Annual report of the Punjab Veterinary College and of the Civil Veterinary Department, Punjab - 1894-1908
Year: 1894
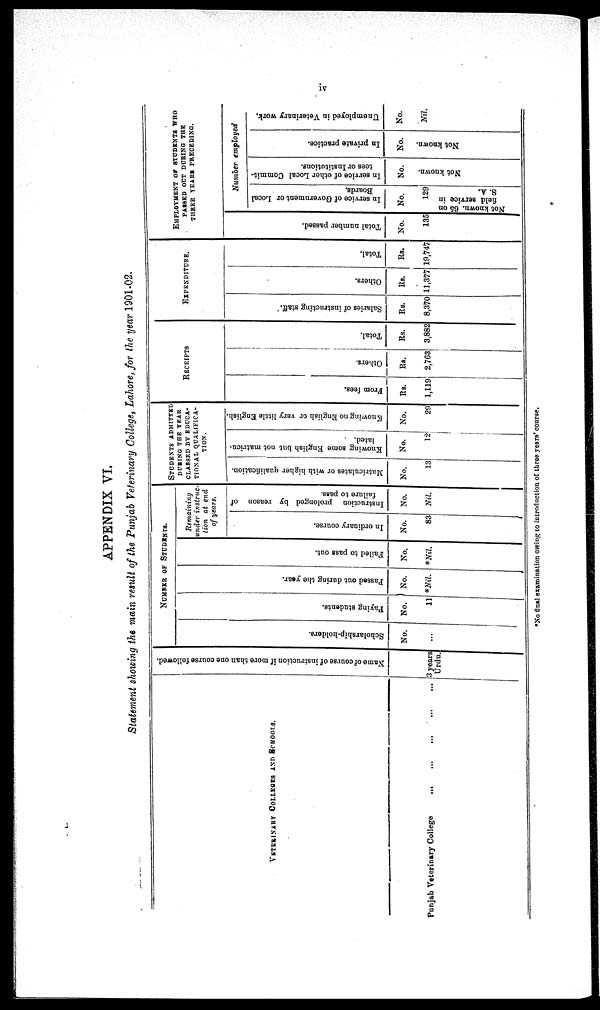
iv
APPENDIX VI.
Statement showing the main result of the Punjab Veterinary College, Lahore, for the year 1901-02.
VETERINARY COLLEGES
AND SCHOOLS.
Punjab Veterinary College ... ... ... ... ... ... ...
Name
of
course
of
instruction
if
more
than
one
course
followed.
3 years
Urdu.
NUMBER OF STUDENTS.
Sc hol a r
s hi p- hol de r
s .
No.
...
Payi ng students.
No.
11
Pas s ed out dur i ng the year.
No.
*Nil.
Fai l
ed to pass out.
No.
*Nil.
Remaining
wider instruc-
tion at end
of years.
In ordinary course.
No.
83
Instruction prolonged by reason of
failure to pass.
No.
Nil.
STUDENTS ADMITTED
DURING THE YEAR
CLASSED BY EDUCA-
TIONAL QUALIFICA-
TION.
Matriculates or with higher qualification.
No.
13
Knowing some English but not matricu-
lated.
No.
12
Knowing no English or very little English.
No.
29
RECEIPTS.
Fr om fees.
Rs.
1,119
Ot her s .
Rs.
2,763
Tot al .
Rs.
3,882
EXPENDITURE.
Sal ar i
es of i
ns t
r uct i
ng staff.
Rs.
8,370
Others.
Rs.
11,377
Tot al .
Rs.
19,747
EMPLOYMENT OF STUDENTS WHO
PASSED OUT DURING THE
THREE YEARS PRECEDING.
Tot al number passed.
No.
135
Number employed
In service of Government or Local
Boards.
No.
129
Not known. 65 on
field service in
S. A.
In service of other Local Commit-
tees or Institutions.
No.
Not known.
In private practice.
No.
Not known.
Unemployed in Veterinary work.
No.
Nil.
*No final examination owing to introduction of three years' course.